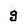
Character: g